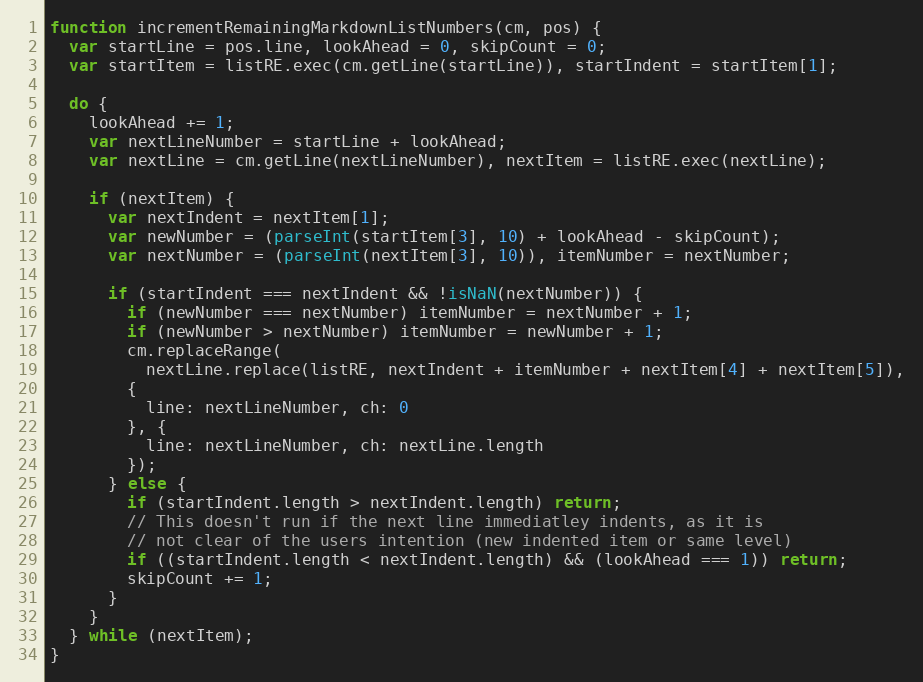
Language: JavaScript
function incrementRemainingMarkdownListNumbers(cm, pos) {
  var startLine = pos.line, lookAhead = 0, skipCount = 0;
  var startItem = listRE.exec(cm.getLine(startLine)), startIndent = startItem[1];

  do {
    lookAhead += 1;
    var nextLineNumber = startLine + lookAhead;
    var nextLine = cm.getLine(nextLineNumber), nextItem = listRE.exec(nextLine);

    if (nextItem) {
      var nextIndent = nextItem[1];
      var newNumber = (parseInt(startItem[3], 10) + lookAhead - skipCount);
      var nextNumber = (parseInt(nextItem[3], 10)), itemNumber = nextNumber;

      if (startIndent === nextIndent && !isNaN(nextNumber)) {
        if (newNumber === nextNumber) itemNumber = nextNumber + 1;
        if (newNumber > nextNumber) itemNumber = newNumber + 1;
        cm.replaceRange(
          nextLine.replace(listRE, nextIndent + itemNumber + nextItem[4] + nextItem[5]),
        {
          line: nextLineNumber, ch: 0
        }, {
          line: nextLineNumber, ch: nextLine.length
        });
      } else {
        if (startIndent.length > nextIndent.length) return;
        // This doesn't run if the next line immediatley indents, as it is
        // not clear of the users intention (new indented item or same level)
        if ((startIndent.length < nextIndent.length) && (lookAhead === 1)) return;
        skipCount += 1;
      }
    }
  } while (nextItem);
}